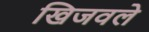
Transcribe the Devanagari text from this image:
खिजवले